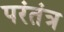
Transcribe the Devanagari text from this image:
परंतंत्र